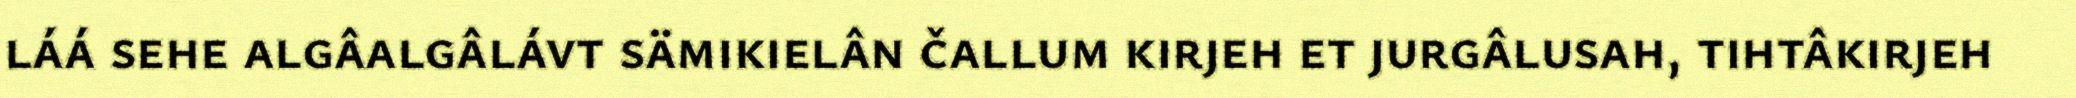
láá sehe algâalgâlávt sämikielân čallum kirjeh et jurgâlusah, tihtâkirjeh